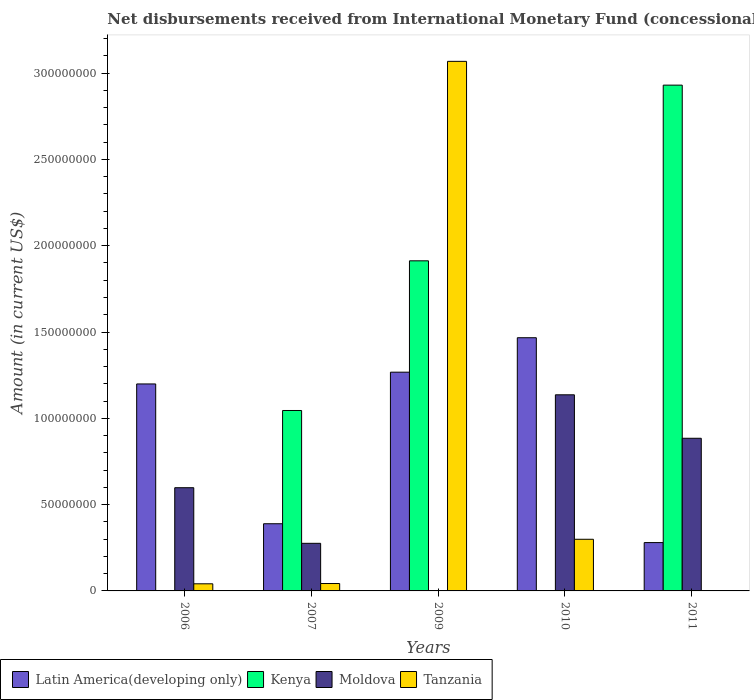
| Years | Latin America(developing only) | Kenya | Moldova | Tanzania |
 | --- | --- | --- | --- | --- |
 | 2006 | 1.2e+08 | -1.36e+07 | 5.98e+07 | 4.12e+06 |
 | 2007 | 3.89e+07 | 1.05e+08 | 2.76e+07 | 4.29e+06 |
 | 2009 | 1.27e+08 | 1.91e+08 | -8.55e+06 | 3.07e+08 |
 | 2010 | 1.47e+08 | -2.55e+07 | 1.14e+08 | 2.99e+07 |
 | 2011 | 2.8e+07 | 2.93e+08 | 8.84e+07 | -2.21e+06 |